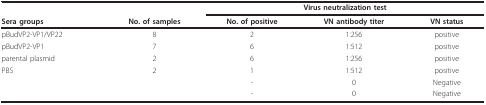
<table><thead><tr><td></td><td></td><td colspan="3"><b>Virus neutralization test</b></td></tr><tr><td><b>Sera groups</b></td><td><b>No. of samples</b></td><td><b>No. of positive</b></td><td><b>VN antibody titer</b></td><td><b>VN status</b></td></tr></thead><tbody><tr><td>pBudVP2-VP1/VP22</td><td>8</td><td>2</td><td>1:256</td><td>positive</td></tr><tr><td>pBudVP2-VP1</td><td>7</td><td>6</td><td>1:512</td><td>positive</td></tr><tr><td>parental plasmid</td><td>2</td><td>6</td><td>1:256</td><td>positive</td></tr><tr><td>PBS</td><td>2</td><td>1</td><td>1:512</td><td>positive</td></tr><tr><td></td><td></td><td>-</td><td>0</td><td>Negative</td></tr><tr><td></td><td></td><td>-</td><td>0</td><td>Negative</td></tr></tbody></table>